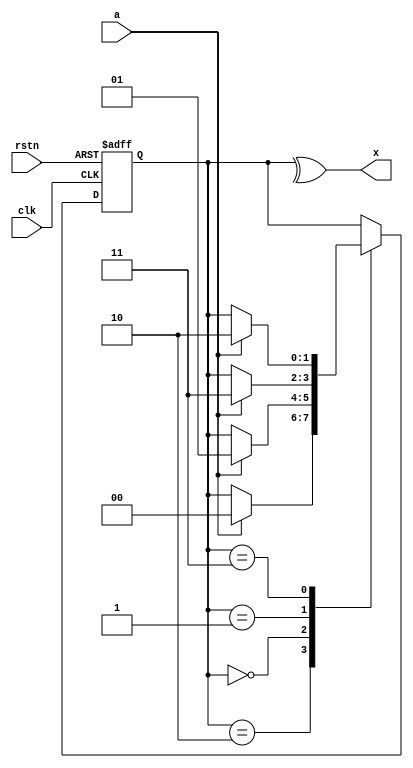
module golden (input clk,rstn,a,output x) ;
   reg [1:0] r ;
localparam [1:0] ST0 = 2'b10;
localparam [1:0] ST1 = 2'b00;
localparam [1:0] ST2 = 2'b01;
localparam [1:0] ST3 = 2'b11;
   always @(posedge clk or negedge rstn)
     if(!rstn) r <= ST0 ;
     else case (r)
	    ST0 : if(a) r <= ST1 ;
	    ST1 : if(a) r <= ST2 ;
	    ST2 : if(a) r <= ST3 ;
	    ST3 : if(a) r <= ST0 ;
	    default : r <= 2'bXX ;
	  endcase // case (r)
   assign x = ^r ;
endmodule // golden
   
module revised (input clk,rstn,a,output x) ;
   reg [1:0] r ;
localparam [1:0] ST0 = 2'b01;
localparam [1:0] ST1 = 2'b00;
localparam [1:0] ST2 = 2'b10;
localparam [1:0] ST3 = 2'b11;
   always @(posedge clk or negedge rstn)
     if(!rstn) r <= ST0 ;
     else case (r)
	    ST0 : if(a) r <= ST1 ;
	    ST1 : if(a) r <= ST2 ;
	    ST2 : if(a) r <= ST3 ;
	    ST3 : if(a) r <= ST0 ;
	    default : r <= 2'bXX ;
	  endcase // case (r)
   assign x = ^r ;
endmodule // revised